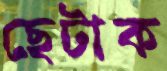
ছেটাক